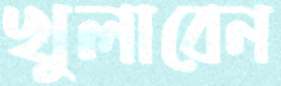
খুলাবেন